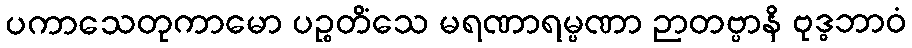
ပကာသေတုကာမော ပဉ္စတိံသေ မရဏာရမ္မဏာ ဉာတဗ္ဗာနိ ဗုဒ္ဓဘာဝံ